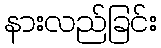
နားလည်ခြင်း